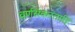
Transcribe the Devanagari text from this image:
वर्णसंकरतादि